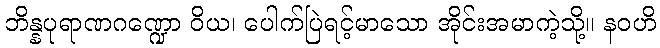
ဘိန္နပုရာဏဂဏ္ဍော ဝိယ၊ ပေါက်ပြဲရင့်မာသော အိုင်းအမာကဲ့သို့။ နဝဟိ